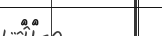
٦٠